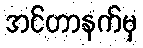
အင်တာနက်မှ